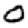
Digit: 0